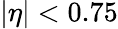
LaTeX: |\eta|<0.75